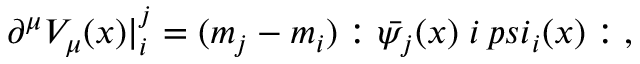
\partial ^ { \mu } V _ { \mu } ( x ) | _ { i } ^ { j } = ( m _ { j } - m _ { i } ) : \bar { \psi _ { j } } ( x ) \; i \, p s i _ { i } ( x ) : \; ,